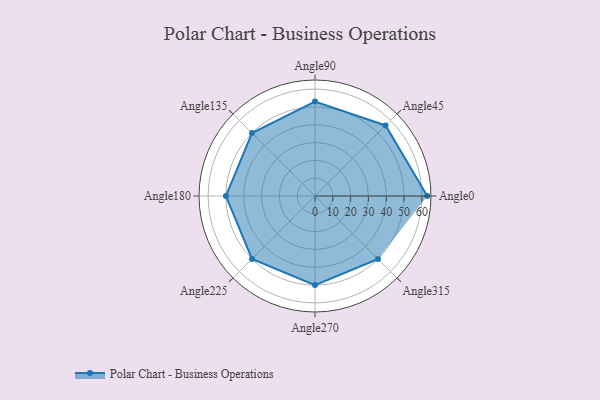
{"axis": {"x": "Angle", "y": "Radius"}, "legend": [""], "data": [{"x": "Angle0", "y": 63.0, "type": ""}, {"x": "Angle45", "y": 56.0, "type": ""}, {"x": "Angle90", "y": 53.0, "type": ""}, {"x": "Angle135", "y": 50, "type": ""}, {"x": "Angle180", "y": 50, "type": ""}, {"x": "Angle225", "y": 50, "type": ""}, {"x": "Angle270", "y": 50, "type": ""}, {"x": "Angle315", "y": 50, "type": ""}]}